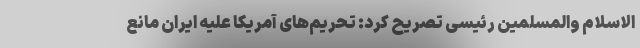
الاسلام والمسلمین رئیسی تصریح کرد: تحریم‌های آمریکا علیه ایران مانع